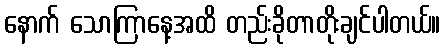
နောက် သောကြာနေ့အထိ တည်းခိုတာတိုးချင်ပါတယ်။